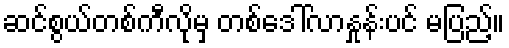
ဆင်စွယ်တစ်ကီလိုမှ တစ်ဒေါ်လာနှုန်းပင် မပြည့်။